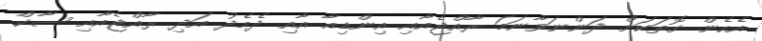
އެހެން ގޮތަކަށް ދަންނަވާނަމަ ރާއްޖެއާއި އިންޑިއާ އާއި ދެމެދު އަދި ރާއްޖެއާއި ސާކް